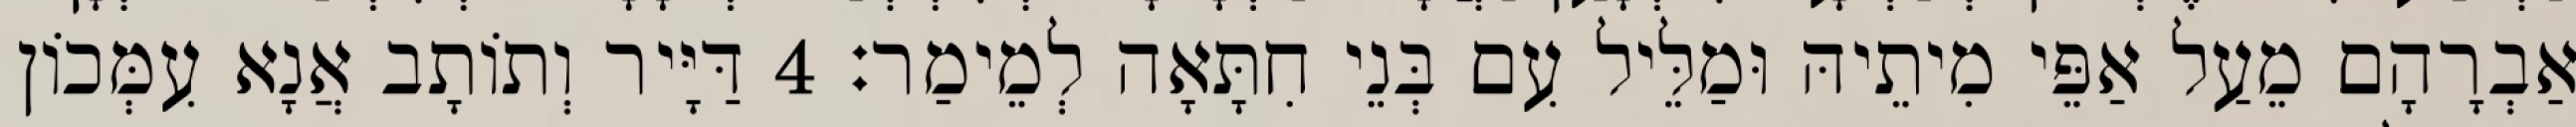
אַבְרָהָם מֵעַל אַפֵּי מִיתֵיהּ וּמַלֵּיל עִם בְּנֵי חִתָּאָה לְמֵימַר׃ 4 דַּיָּיר וְתוֹתָב אֲנָא עִמְּכוֹן